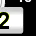
Digit: 2